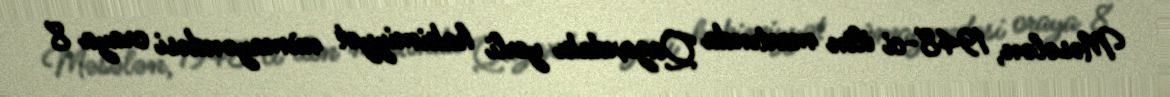
Məsələn, 1948-ci ilin martında Qazaxdakı yerli hakimiyyət nümayəndəsi oraya 8